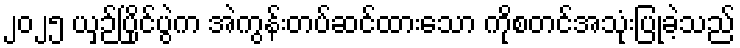
၂၀၂၅ ယှဉ်ပြိုင်ပွဲက အဲကွန်းတပ်ဆင်ထားသော ကိုစတင်အသုံးပြုခဲ့သည်